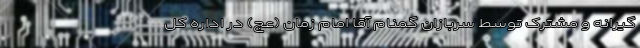
گیرانه و مشترک توسط سربازان گمنام آقا امام زمان (عج) در اداره کل